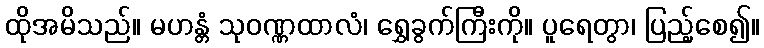
ထိုအမိသည်။ မဟန္တံ သုဝဏ္ဏထာလံ၊ ရွှေခွက်ကြီးကို။ ပူရေတွာ၊ ပြည့်စေ၍။